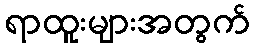
ရာထူးများအတွက်